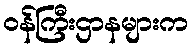
ဝန်ကြီးဌာနများက